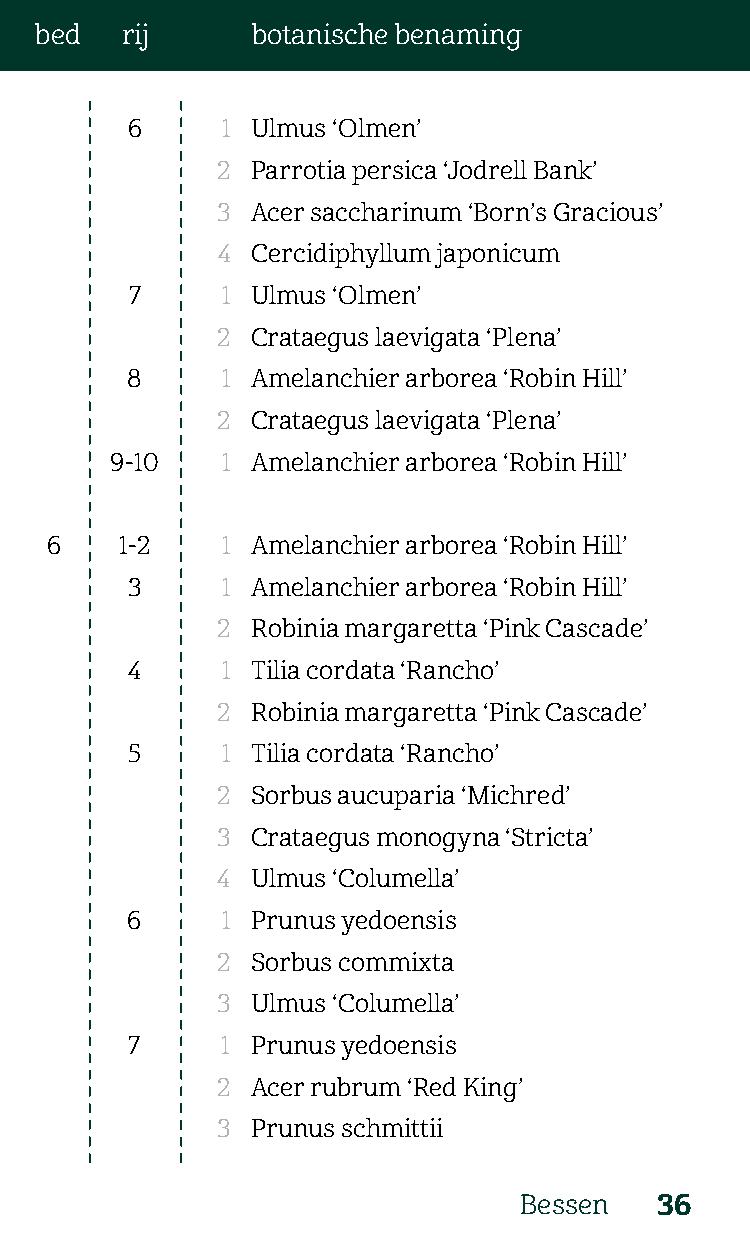
bed   rij      botanische benaming
 6      1 Ulmus ‘Olmen’
 2  Parrotia persica ‘Jodrell Bank’
 3  Acer saccharinum ‘Born’s Gracious’
 4  Cercidiphyllum japonicum
 7     1 Ulmus ‘Olmen’
 2  Crataegus laevigata ‘Plena’
 8      1 Amelanchier arborea ‘Robin Hill’
 2  Crataegus laevigata ‘Plena’
 9-10    1 Amelanchier arborea ‘Robin Hill’
 6    1-2    1 Amelanchier arborea ‘Robin Hill’
 3      1 Amelanchier arborea ‘Robin Hill’
 2  Robinia margaretta ‘Pink Cascade’
 4      1 Tilia cordata ‘Rancho’
 2  Robinia margaretta ‘Pink Cascade’
 5      1 Tilia cordata ‘Rancho’
 2  Sorbus aucuparia ‘Michred’
 3  Crataegus monogyna ‘Stricta’
 4  Ulmus ‘Columella’
 6      1 Prunus yedoensis
 2  Sorbus commixta
 3  Ulmus ‘Columella’
 7     1 Prunus yedoensis
 2  Acer rubrum ‘Red King’
 3  Prunus schmittii
 Bessen   36